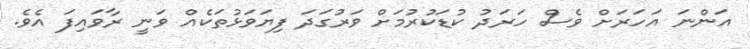
އަންނަ އަހަރަށް ވެސް ހަރަދު ކުޑަކުރުމަށް ވަރުގަދަ ފިޔަވަޅުތަކެއް ވަނީ ރާވައިފަ އެވެ.